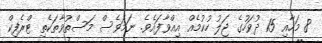
8 މަހާއި 15 ދުވަހުގެ ޖަލު ހުކުމެއް އިއްވާފައެވެ. ނަމަވެސް މަސްތުވާތަކެތި ޓްރެފިކް